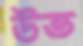
উভ